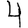
Digit: 4